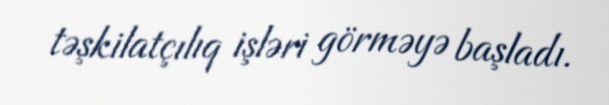
təşkilatçılıq işləri görməyə başladı.